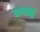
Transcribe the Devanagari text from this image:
बणाइ